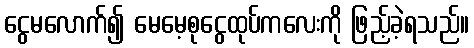
ငွေမလောက်၍ မေမေ့စုငွေထုပ်ကလေးကို ဖြည့်ခဲ့ရသည်။